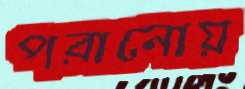
পরানোয়